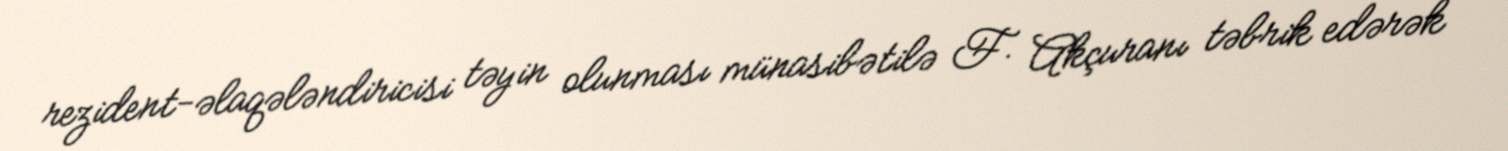
rezident-əlaqələndiricisi təyin olunması münasibətilə F. Akçuranı təbrik edərək